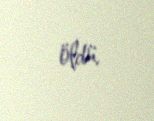
öldü.